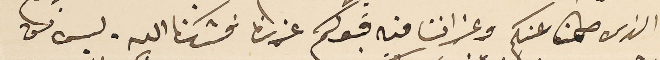
الذى طمنا عنكم وعزاننا فيه قبوكم عزرنا فشكرنا الله. ليس فى